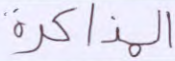
المذكرة